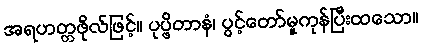
အရဟတ္တဖိုလ်ဖြင့်။ ပုပ္ဖိတာနံ၊ ပွင့်တော်မူကုန်ပြီးထသော။